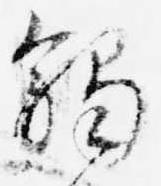
触